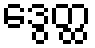
ဒွေတ္ထ